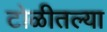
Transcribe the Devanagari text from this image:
टोळीतल्या